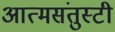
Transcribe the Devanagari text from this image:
आत्मसंतुस्टी